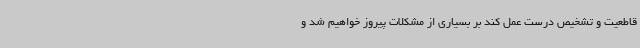
قاطعیت و تشخیص درست عمل کند بر بسیاری از مشکلات پیروز خواهیم شد و